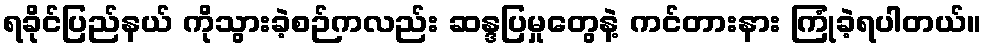
ရခိုင်ပြည်နယ် ကိုသွားခဲ့စဉ်ကလည်း ဆန္ဒပြမှုတွေနဲ့ ကင်တားနား ကြုံခဲ့ရပါတယ်။